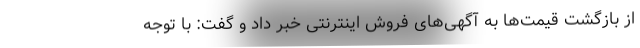
از بازگشت قیمت‌ها به آگهی‌های فروش اینترنتی خبر داد و گفت: با توجه